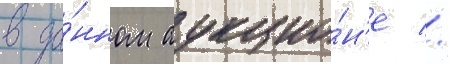
в да́нном аукцио́н'е //